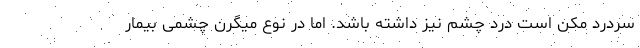
سردرد مکن است درد چشم نیز داشته باشد. اما در نوع میگرن چشمی بیمار